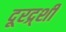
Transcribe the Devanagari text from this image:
दूरद्र्शी